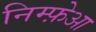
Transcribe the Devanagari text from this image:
निम्फ़ेआ